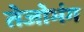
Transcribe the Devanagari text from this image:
तेजोभंग